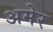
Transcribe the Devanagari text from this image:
अमेर